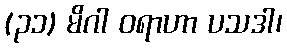
(၃၁) မိဂါ ဝရာဟာ ပသဒါ၊